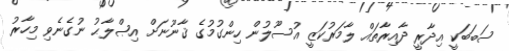
ސަބަބަކީ އިދާރީ ދާއިރާތައް ލާމަރުކަޒީ އުސޫލުން ހިންގުމުގެ ޤާނޫނަށް އިޞްލާޙު ނުގެނެވި މިހާރު